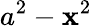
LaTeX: a^{2}-\mathbf{x}^{2}